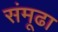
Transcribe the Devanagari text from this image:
संमूढा